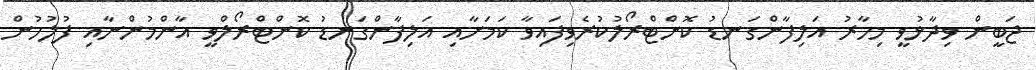
ޖަބީން ވިދާޅުވީ މިހާރު އަލިފާންގަނޑު ކޮންޓްރޯލުކުރެވިފައިވާ ކަމަށާއި އަލިފާންގަނޑު ކޮންޓްރޯލްވީ އާންމުންނާއި ފުލުހުން